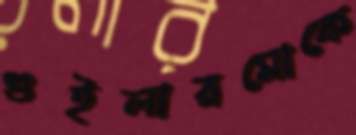
গুইলারমোকে